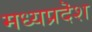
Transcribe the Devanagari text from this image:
मध्यप्रदॆश